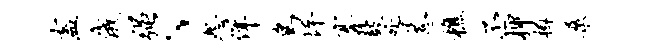
盍俄强、怨佯鸟坪搴鼓咎惹樵丕柙樽桑